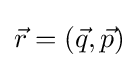
{\vec {r}}=\left({\vec {q}},{\vec {p}}\right)